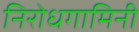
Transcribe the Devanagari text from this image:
निरोधगामिनी